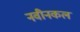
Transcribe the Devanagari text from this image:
नवीनकल